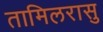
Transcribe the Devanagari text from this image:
तामिलरासु